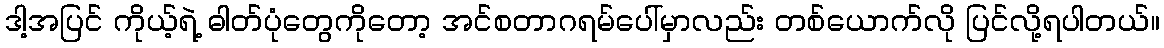
ဒါ့အပြင် ကိုယ့်ရဲ့ ဓါတ်ပုံတွေကိုတော့ အင်စတာဂရမ်ပေါ်မှာလည်း တစ်ယောက်လို ပြင်လို့ရပါတယ်။